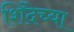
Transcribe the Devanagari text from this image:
शिंदेच्या